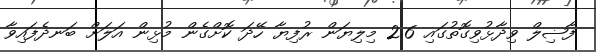
ފާޟިލް ވިދާޅުވިގޮތުގައި 2.6 މިލިޔަން ރުފިޔާ ހޭދަ ކޮށްގެން މުޅިން އަލަށް ބަނދެފައިވާ